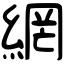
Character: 網